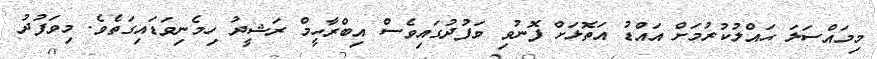
މިމައްސަލަ ޙައްލުކުރުމަށް އައްޑު އަތޮޅަށް ފޮނުވި ވަފުދުގައިވެސް އިބްރާހީމް ރަޝީދު ހިމެނިވަޑައިގަތެވެ. މިވަފުދު